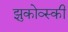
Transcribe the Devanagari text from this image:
झुकोव्स्की